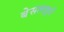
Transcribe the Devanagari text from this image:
बेसलाइनें